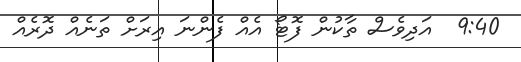
9:40  އަދިވެސް ތާކުން ފޮޓޯ އެއް ފެންނަ އިރަށް ތަނެއް ދޮރެއް